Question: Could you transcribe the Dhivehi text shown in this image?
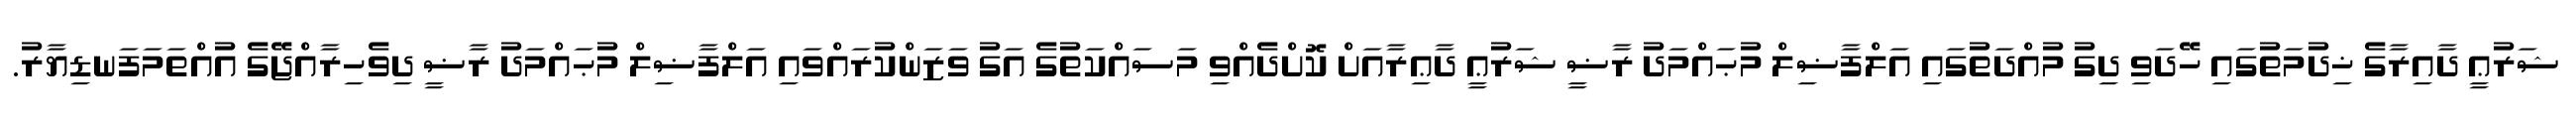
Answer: ޝަރުޢީ ދާއިރާގެ ޚިދުމަތުގައި ހޭދަވި ދިގު މުއްދަތުގައި އަލްފާޟިލް މުޙައްމަދު ރާޟީ ޝަރުޢީ ދާޢިރާއަށް ކޮށްދެއްވި މަސައްކަތުގެ އަގު ވަޒަންކުރައްވައި އަލްފާޟިލް މުޙައްމަދު ރާޟީ ދިވެހިރާއްޖޭގެ އުއްތަމަފަނޑިޔާރު.